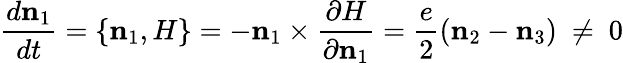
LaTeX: \frac{d\mathbf n_{1}}{dt}=\{ \mathbf n_{1},H\} =-\mathbf n_{1}\times\frac{\partial H}{\partial\mathbf n_{1}}=\frac{e}{2}(\mathbf n_{2}-\mathbf n_{3})\ \not=\ 0